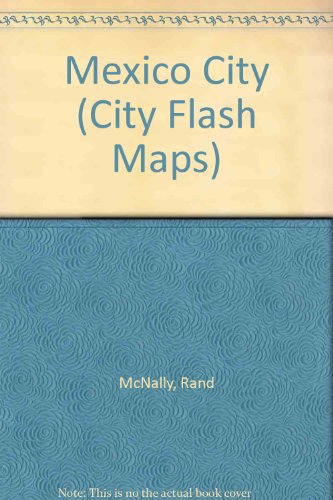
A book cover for Mexico City (City Flash Maps); Rand McNally; Travel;